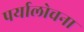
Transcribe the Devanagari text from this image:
पर्यालोचना